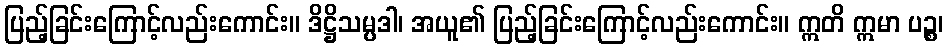
ပြည့်ခြင်းကြောင့်လည်းကောင်း။ ဒိဋ္ဌိသမ္ပဒါ၊ အယူ၏ ပြည့်ခြင်းကြောင့်လည်းကောင်း။ ဣတိ ဣမာ ပဉ္စ၊